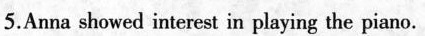
5.Anna showed interest in playing the piano.